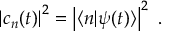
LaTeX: \left| c _ { n } ( t ) \right| ^ { 2 } = \left| \langle n | \psi ( t ) \rangle \right| ^ { 2 } ~ .